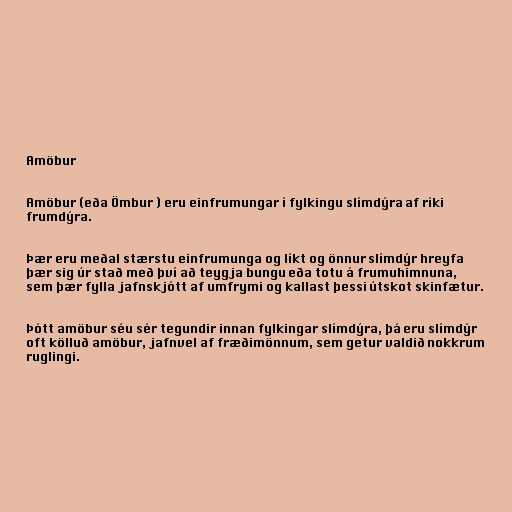
Amöbur

Amöbur (eða Ömbur ) eru einfrumungar í fylkingu slímdýra af ríki
frumdýra.

Þær eru meðal stærstu einfrumunga og líkt og önnur slímdýr hreyfa
þær sig úr stað með því að teygja bungu eða totu á frumuhimnuna,
sem þær fylla jafnskjótt af umfrymi og kallast þessi útskot skinfætur.

Þótt amöbur séu sér tegundir innan fylkingar slímdýra, þá eru slímdýr
oft kölluð amöbur, jafnvel af fræðimönnum, sem getur valdið nokkrum
ruglingi.